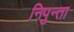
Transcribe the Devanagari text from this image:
निपुन्ता